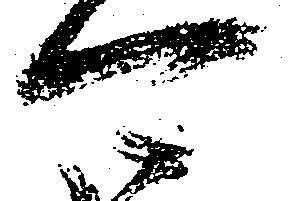
可